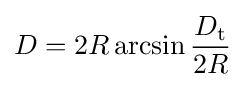
D=2R\arcsin {\frac {D_{\textrm {t}}}{2R}}